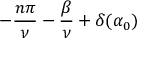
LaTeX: - \frac { n \pi } { \nu } - \frac { \beta } { \nu } + \delta ( \alpha _ { 0 } )